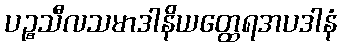
ပဉ္စသီလသမာဒါနိယတ္ထေရအပဒါနံ